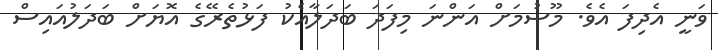
ވަނީ އެދިފަ އެވެ. މޫސުމަށް އަންނަ މިފަދަ ބަދަލާއެކު ފަޅުތެރޭގެ އޮޔަށް ބަދަލުއައިސް